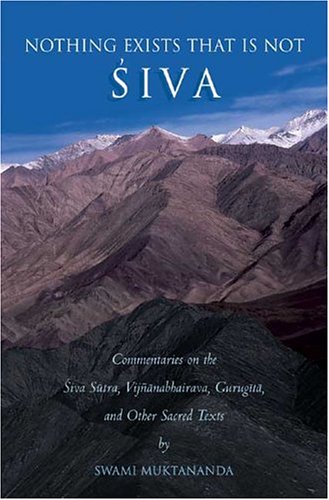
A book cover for Nothing Exists That is Not Siva: Commentaries on the Siva-sutra, Vijnanabhairava, Gurugita, and Other Sacred Texts; Swami Muktananda; Religion & Spirituality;